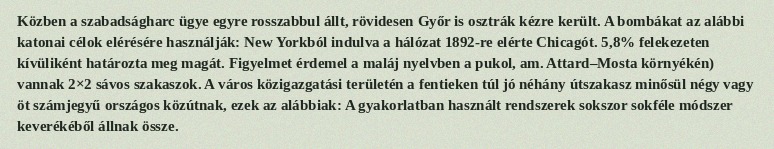
Közben a szabadságharc ügye egyre rosszabbul állt, rövidesen Győr is osztrák kézre került. A bombákat az alábbi katonai célok elérésére használják: New Yorkból indulva a hálózat 1892-re elérte Chicagót. 5,8% felekezeten kívüliként határozta meg magát. Figyelmet érdemel a maláj nyelvben a pukol, am. Attard–Mosta környékén) vannak 2×2 sávos szakaszok. A város közigazgatási területén a fentieken túl jó néhány útszakasz minősül négy vagy öt számjegyű országos közútnak, ezek az alábbiak: A gyakorlatban használt rendszerek sokszor sokféle módszer keverékéből állnak össze.